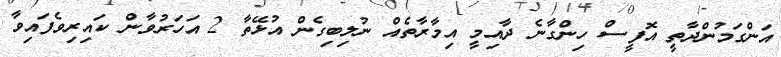
އަންގަމުންދާތީ އޮފީސް ހިންގާނެ ދާއިމީ އިމާރާތެއް ނުލިބިގެން އުޅޭތާ 2 އަހަރުވާން ކައިރިވެފައިވާ